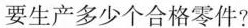
要生产多少个合格零件?